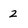
Character: 2